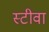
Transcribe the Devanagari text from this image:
स्टीवा